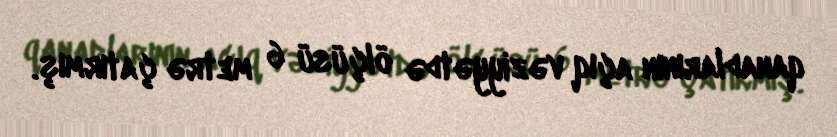
qanadlarının açıq vəziyyətdə ölçüsü 6 metrə çatırmış.